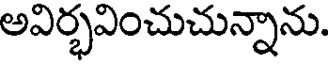
అవిర్భవించుచున్నాను.